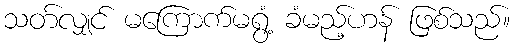
သတ်လျှင် မကြောက်မရွံ့ ခံမည့်ဟန် ဖြစ်သည်။